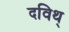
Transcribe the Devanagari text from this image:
दविथ्